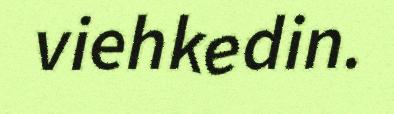
viehkedin.